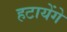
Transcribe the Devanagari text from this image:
हटायेंगे